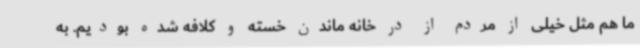
ما هم مثل خیلی از مردم از در خانه ماندن خسته و کلافه شده بودیم. به